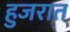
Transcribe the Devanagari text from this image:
हुजरात